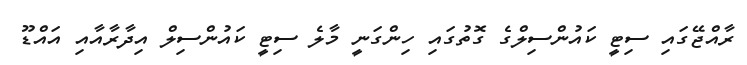
ރާއްޖޭގައި ސިޓީ ކައުންސިލްގެ ގޮތުގައި ހިންގަނީ މާލެ ސިޓީ ކައުންސިލް އިދާރާއާއި އައްޑޫ